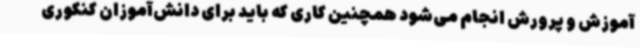
آموزش و پرورش انجام می‌شود همچنین کاری که باید برای دانش‌آموزان کنکوری